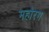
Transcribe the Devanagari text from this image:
महोरग